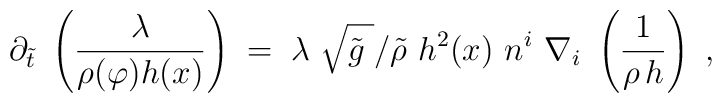
\partial_{\tilde{t}} \ \left( \frac{\lambda}{\rho (\varphi) h    (x)}\right) \;=\; \lambda\ \sqrt{\tilde{g}\;}/\tilde{\rho} \ h^2(x)\ n^i \ \nabla_i \ \left( \frac{1}{\rho \,h}\right) \ ,